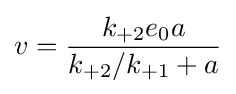
v={\frac {k_{\mathrm {+2} }e_{0}a}{k_{+2}/k_{+1}+a}}